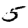
Digit: 5